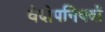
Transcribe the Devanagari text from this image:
वेदोपनिषदों